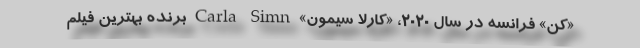
«کن» فرانسه در سال 2020، «کارلا سیمون» Carla Simn برنده بهترین فیلم